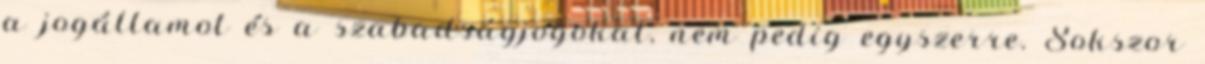
a jogállamot és a szabadságjogokat, nem pedig egyszerre. Sokszor